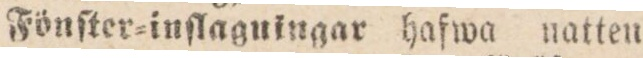
Fönſter=inſlagningar hafwa natten